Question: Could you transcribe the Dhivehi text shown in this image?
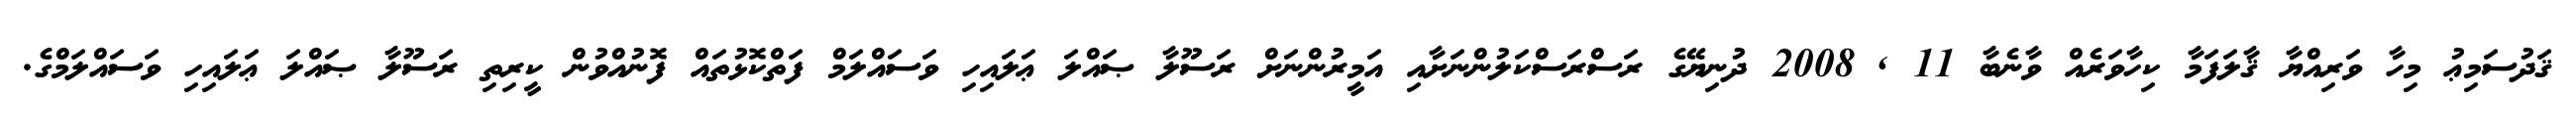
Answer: ޤަދުސަމިޢު މިހާ ވަރިއްޔާ ޤާލަފަމާ ކިހާވަރެއް ވާނެބާ 11 , 2008 ދުނިޔޭގެ ރަސްރަސްކަލުންނަށާއި އަމީރުންނަށް ރަސޫލާ ޞައްލަ ޢަލައިހި ވަސައްލަމް ފަތްކޮޅުތައް ފޮނުއްވުން ކީރިތި ރަސޫލާ ޞައްލަ ޢަލައިހި ވަސައްލަމްގެ.